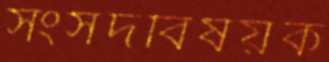
সংসদবিষয়ক